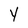
Character: Y